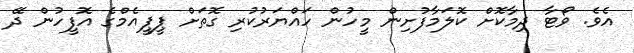
އެވެ. ވޯޓާ ދިމާކޮށް ކޮލަމާފުށިން މީހުން ހައްޔަރުކުރި ގޮތަށް ޕީޕީއެމްގެ އޮފީހުން ދޭ